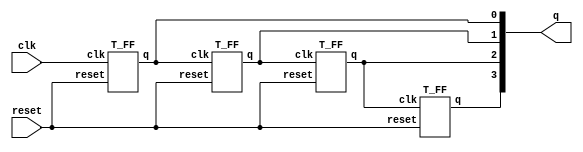
//Verilog HDL 1st Ed, page 20

/*
Time: 11:00 pm Feb 21, 2013 
Addr: SJ apt 32
Proj: verilog review, learn the verilog, testbench, gtkwave
Engr: Tony Z
*/

//
module ripple_carry_counter (q, clk, reset);

output [3:0] q;
input clk, reset;
T_FF tff0(q[0], clk, reset);
T_FF tff1(q[1], q[0], reset);
T_FF tff2(q[2], q[1], reset);
T_FF tff3(q[3], q[2], reset);

endmodule 

//
module T_FF (q, clk, reset);

output q;
input clk, reset;
wire d;

D_FF dff0(q, d, clk, reset);
not n1(d, q);   //not is a Verilog-provided primitive. case sensitive 
endmodule 

// module D_FF with synchronous reset
module D_FF(q, d, clk, reset);

output q;
input d, clk, reset;
reg q;

always @(posedge reset or negedge clk)
if (reset)
	q = 1'b0;
else
	q = d;

endmodule